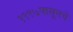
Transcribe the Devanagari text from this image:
१९९७पासूनचे